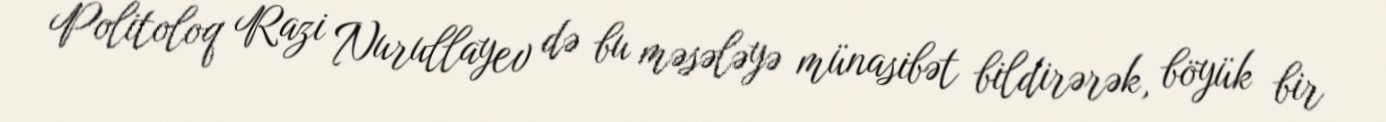
Politoloq Razi Nurullayev də bu məsələyə münasibət bildirərək, böyük bir